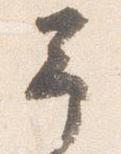
予